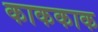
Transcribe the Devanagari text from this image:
काककाक